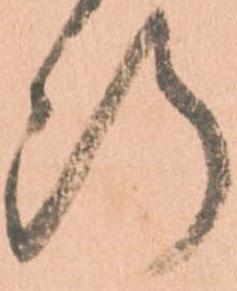
断